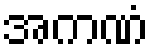
အကဏံ